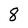
Character: 8